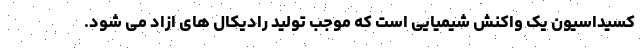
کسیداسیون یک واکنش شیمیایی است که موجب تولید رادیکال های ازاد می شود.